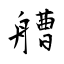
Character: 艚